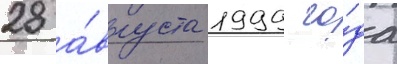
28 а́вгуста 1999 го́да